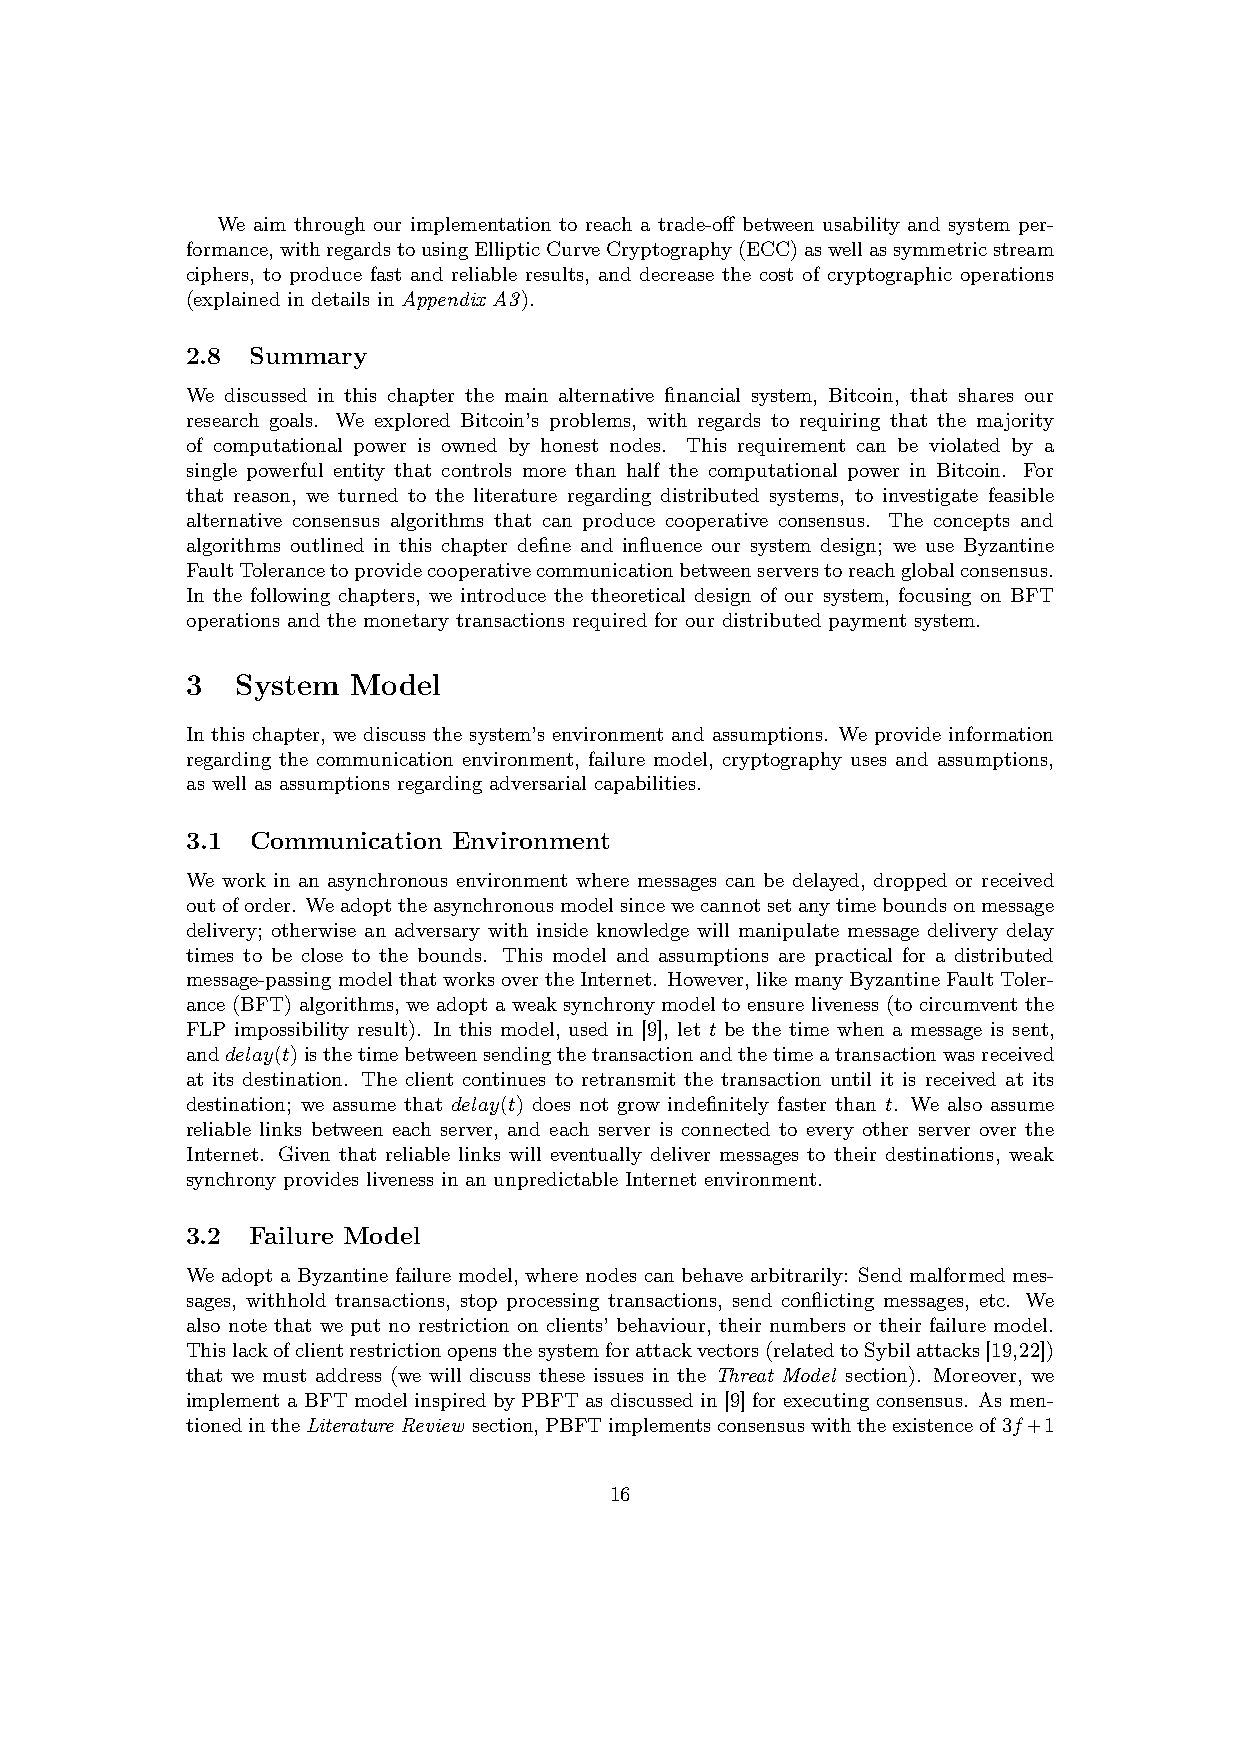
We aim through our implementation to reach a trade-off between usability and system per-
 formance,withregardstousingEllipticCurveCryptography(ECC)aswellassymmetricstream
 ciphers, to produce fast and reliable results, and decrease the cost of cryptographic operations
 (explained in details in Appendix A3).
 2.8  Summary
 We discussed in this chapter the main alternative financial system, Bitcoin, that shares our
 research goals. We explored Bitcoin’s problems, with regards to requiring that the majority
 of computational power is owned by honest nodes. This requirement can be violated by a
 single powerful entity that controls more than half the computational power in Bitcoin. For
 that reason, we turned to the literature regarding distributed systems, to investigate feasible
 alternative consensus algorithms that can produce cooperative consensus. The concepts and
 algorithms outlined in this chapter define and influence our system design; we use Byzantine
 FaultTolerancetoprovidecooperativecommunicationbetweenserverstoreachglobalconsensus.
 In the following chapters, we introduce the theoretical design of our system, focusing on BFT
 operations and the monetary transactions required for our distributed payment system.
 3   System Model
 In this chapter, we discuss the system’s environment and assumptions. We provide information
 regarding the communication environment, failure model, cryptography uses and assumptions,
 as well as assumptions regarding adversarial capabilities.
 3.1  Communication Environment
 We work in an asynchronous environment where messages can be delayed, dropped or received
 outoforder. Weadopttheasynchronousmodelsincewecannotsetanytimeboundsonmessage
 delivery; otherwise an adversary with inside knowledge will manipulate message delivery delay
 times to be close to the bounds. This model and assumptions are practical for a distributed
 message-passingmodelthatworksovertheInternet. However, likemanyByzantineFaultToler-
 ance (BFT) algorithms, we adopt a weak synchrony model to ensure liveness (to circumvent the
 FLP impossibility result). In this model, used in [9], let t be the time when a message is sent,
 anddelay(t)isthetimebetweensendingthetransactionandthetimeatransactionwasreceived
 at its destination. The client continues to retransmit the transaction until it is received at its
 destination; we assume that delay(t) does not grow indefinitely faster than t. We also assume
 reliable links between each server, and each server is connected to every other server over the
 Internet. Given that reliable links will eventually deliver messages to their destinations, weak
 synchrony provides liveness in an unpredictable Internet environment.
 3.2  Failure Model
 We adopt a Byzantine failure model, where nodes can behave arbitrarily: Send malformed mes-
 sages, withhold transactions, stop processing transactions, send conflicting messages, etc. We
 also note that we put no restriction on clients’ behaviour, their numbers or their failure model.
 Thislackofclientrestrictionopensthesystemforattackvectors(relatedtoSybilattacks[19,22])
 that we must address (we will discuss these issues in the Threat Model section). Moreover, we
 implement a BFT model inspired by PBFT as discussed in [9] for executing consensus. As men-
 tionedintheLiteratureReview section,PBFTimplementsconsensuswiththeexistenceof3f+1
 16